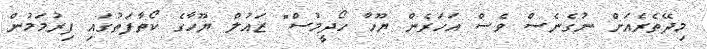
މިދޭތެރެއަށް ނުގެނެސް ވެސް އަހަރެން ޔޫހާ ހޯދީމުސް" ޒައުލް ޔޫހާގެ ކޯތާފަތުގައި ފިރުމަމުން